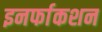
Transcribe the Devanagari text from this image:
इनर्फाकशन